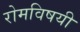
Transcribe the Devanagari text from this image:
रोमविषयी